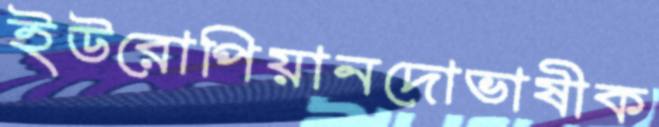
ইউরোপিয়ানদোভাষীক